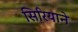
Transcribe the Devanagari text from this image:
सिरियाने